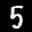
Label: 5